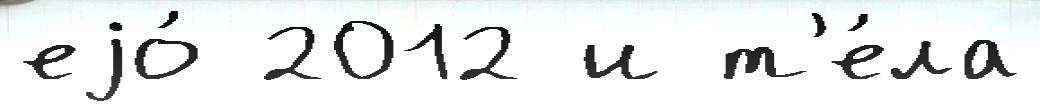
еjо́ 2012 и т'е́ла